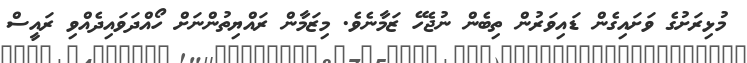
މުޅިރަށުގެ ވަށައިގެން ޑައިވަރުން ތިބެން ނުޖެހޭ ޒަމާނެވެ. މިޒަމާން ރައްޔިތުންނަށް ހޯއްދަވައިދެއްވި ރައީސް